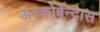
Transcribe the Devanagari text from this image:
अल्कोबेन्दास